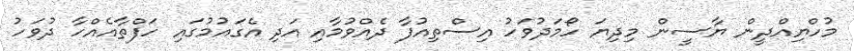
މުހްޔިއްދީން ޔާސީން މިދިޔަ ހޯމަދުވަހު އިސްތިއުފާ ދެއްވުމާއި އަދި އެގައުމުގައި ހަފްތާއެއްހާ ދުވަހު